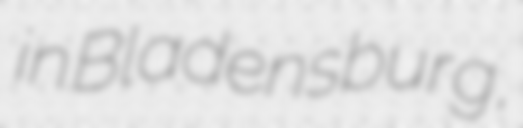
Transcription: in Bladensburg,